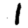
Digit: 1